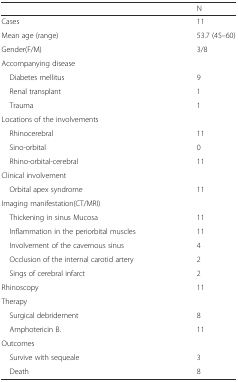
<table><thead><tr><td></td><td><b>N</b></td></tr></thead><tbody><tr><td>Cases</td><td>11</td></tr><tr><td>Mean age (range)</td><td>53.7 (45–60)</td></tr><tr><td>Gender(F/M)</td><td>3/8</td></tr><tr><td>Accompanying disease</td><td></td></tr><tr><td> Diabetes mellitus</td><td>9</td></tr><tr><td> Renal transplant</td><td>1</td></tr><tr><td> Trauma</td><td>1</td></tr><tr><td>Locations of the involvements</td><td></td></tr><tr><td> Rhinocerebral</td><td>11</td></tr><tr><td> Sino-orbital</td><td>0</td></tr><tr><td> Rhino-orbital-cerebral</td><td>11</td></tr><tr><td>Clinical involvement</td><td></td></tr><tr><td> Orbital apex syndrome</td><td>11</td></tr><tr><td>Imaging manifestation(CT/MRI)</td><td></td></tr><tr><td> Thickening in sinus Mucosa</td><td>11</td></tr><tr><td> Inflammation in the periorbital muscles</td><td>11</td></tr><tr><td> Involvement of the cavernous sinus</td><td>4</td></tr><tr><td> Occlusion of the internal carotid artery</td><td>2</td></tr><tr><td> Sings of cerebral infarct</td><td>2</td></tr><tr><td>Rhinoscopy</td><td>11</td></tr><tr><td>Therapy</td><td></td></tr><tr><td> Surgical debridement</td><td>8</td></tr><tr><td> Amphotericin B.</td><td>11</td></tr><tr><td>Outcomes</td><td></td></tr><tr><td> Survive with sequeale</td><td>3</td></tr><tr><td> Death</td><td>8</td></tr></tbody></table>